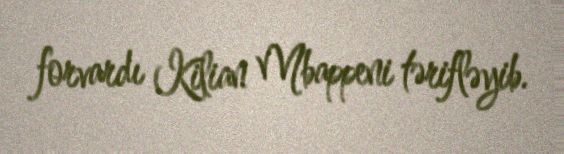
forvardı Kilian Mbappeni tərifləyib.